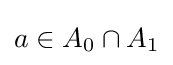
a\in A_{0}\cap A_{1}